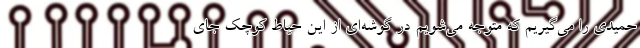
حمیدی را می‌گیریم که متوجه می‌شویم در گوشه‌ای از این حیاط کوچک جای